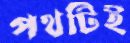
পথটিই